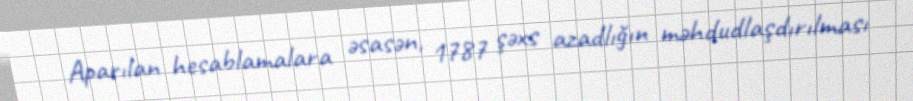
Aparılan hesablamalara əsasən, 1787 şəxs azadlığın məhdudlaşdırılması